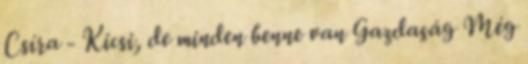
Csíra - Kicsi, de minden benne van Gazdaság Még